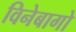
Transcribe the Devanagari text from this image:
विनेबागो